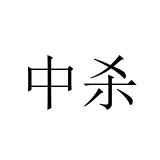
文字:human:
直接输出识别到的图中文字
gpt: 中杀